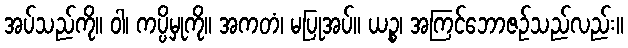
အပ်သည်ကို။ ဝါ၊ ကပ္ပိမှုကို။ အကတံ၊ မပြုအပ်။ ယဉ္စ၊ အကြင်ဘောဇဉ်သည်လည်း။